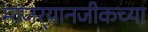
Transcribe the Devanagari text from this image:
मांजर्‍यानजीकच्या